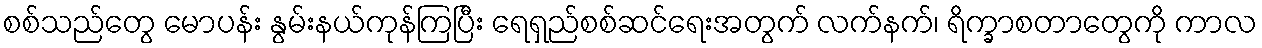
စစ်သည်တွေ မောပန်း နွမ်းနယ်ကုန်ကြပြီး ရေရှည်စစ်ဆင်ရေးအတွက် လက်နက်၊ ရိက္ခာစတာတွေကို ကာလ